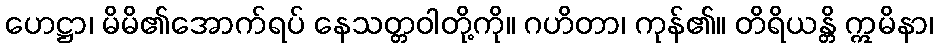
ဟေဋ္ဌာ၊ မိမိ၏အောက်ရပ် နေသတ္တဝါတို့ကို။ ဂဟိတာ၊ ကုန်၏။ တိရိယန္တိ ဣမိနာ၊